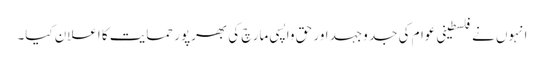
انہوں نے فلسطینی عوام کی جد وجہد اور حق واپسی مارچ کی بھرپور حمایت کا اعلان کیا۔